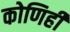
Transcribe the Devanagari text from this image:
कोणिही